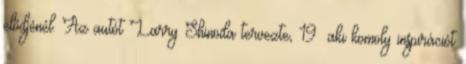
elődjénél. Az autót Larry Shinoda tervezte, 19 aki komoly inspirációt